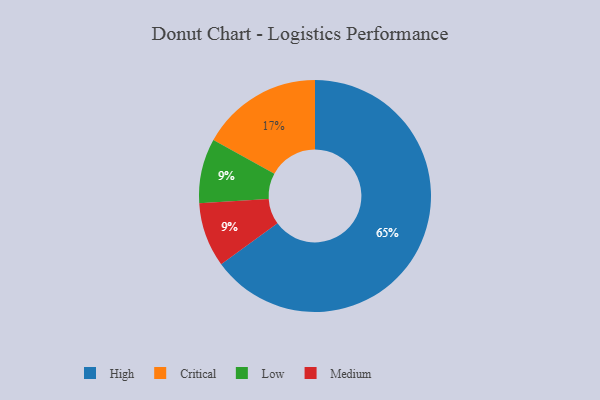
{"axis": {"x": "Category", "y": "Percentage"}, "legend": ["Critical", "High", "Low", "Medium"], "data": [{"x": "Critical", "y": 17, "type": "Critical"}, {"x": "High", "y": 65, "type": "High"}, {"x": "Low", "y": 9, "type": "Low"}, {"x": "Medium", "y": 9, "type": "Medium"}]}